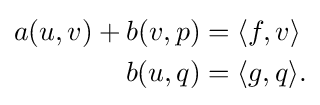
{\begin{aligned}a(u,v)+b(v,p)&=\langle f,v\rangle \\b(u,q)&=\langle g,q\rangle .\end{aligned}}